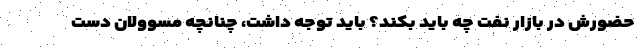
حضورش در بازار نفت چه باید بکند؟ باید توجه داشت، چنانچه مسوولان دست